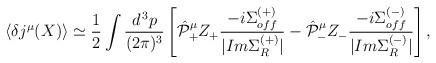
LaTeX: \begin{align*}\langle \delta j^\mu (X) \rangle \simeq \frac{1}{2} \int \frac{d^{\, 3} p}{(2 \pi)^3} \left[ \hat{\cal P}_+^\mu Z_+ \frac{- i \Sigma_{off}^{(+)}}{|Im \Sigma_R^{(+)}|} - \hat{\cal P}_-^\mu Z_- \frac{- i \Sigma_{off}^{(-)}}{|Im \Sigma_R^{(-)}|} \right] , \end{align*}